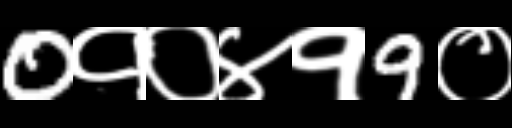
Text: 0१०४१9०